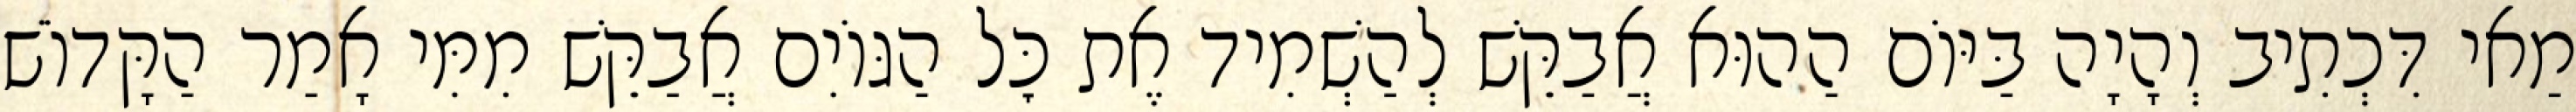
מַאי דִּכְתִיב וְהָיָה בַּיּוֹם הַהוּא אֲבַקֵּשׁ לְהַשְׁמִיד אֶת כׇּל הַגּוֹיִם אֲבַקֵּשׁ מִמִּי אָמַר הַקָּדוֹשׁ